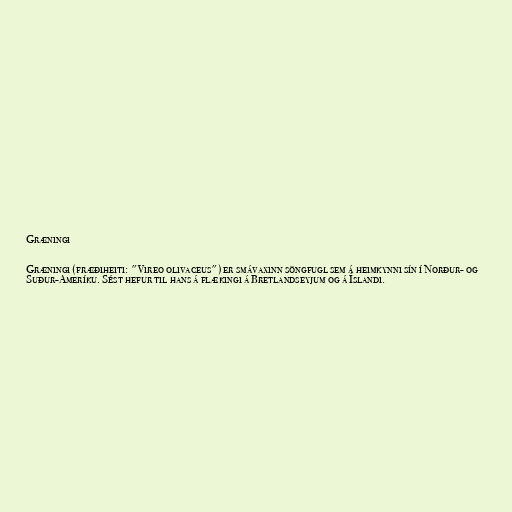
Græningi

Græningi (fræðiheiti: "Vireo olivaceus") er smávaxinn söngfugl sem á heimkynni sín í Norður- og
Suður-Ameríku. Sést hefur til hans á flækingi á Bretlandseyjum og á Íslandi.